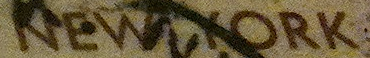
NEW YORK